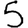
Digit: 5